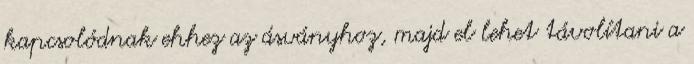
kapcsolódnak ehhez az ásványhoz, majd el lehet távolítani a